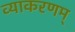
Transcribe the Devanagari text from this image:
व्याकरणम्